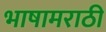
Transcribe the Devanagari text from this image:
भाषामराठी